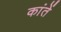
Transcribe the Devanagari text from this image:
कांतें